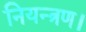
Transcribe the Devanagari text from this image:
नियन्त्रण।